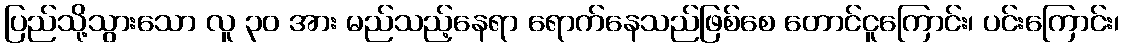
ပြည်သို့သွားသော လူ ၃၀ အား မည်သည့်နေရာ ရောက်နေသည်ဖြစ်စေ တောင်ငူကြောင်း၊ ပင်းကြောင်း၊